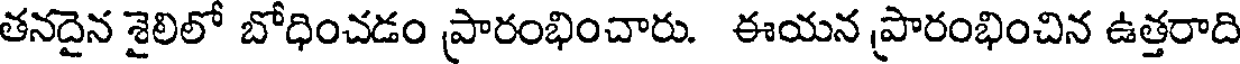
తనదైన శైలిలో బోధించడం ప్రారంభించారు. ఈయన ప్రారంభించిన ఉత్తరాది